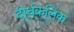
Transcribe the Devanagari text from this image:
दीर्घकलिक